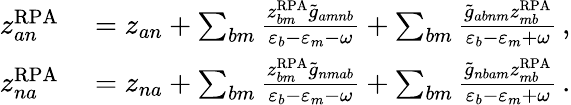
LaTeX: \begin{array}{rl}{z_{an}^{\mathrm{RPA}}}&{{}=z_{an}+\sum_{bm}\frac{z_{bm}^{\mathrm{RPA}}\tilde{g}_{amnb}}{\varepsilon_{b}-\varepsilon_{m}-\omega}+\sum_{bm}\frac{\tilde{g}_{abnm}z_{mb}^{\mathrm{RPA}}}{\varepsilon_{b}-\varepsilon_{m}+\omega}\, ,}\\ {z_{na}^{\mathrm{RPA}}}&{{}=z_{na}+\sum_{bm}\frac{z_{bm}^{\mathrm{RPA}}\tilde{g}_{nmab}}{\varepsilon_{b}-\varepsilon_{m}-\omega}+\sum_{bm}\frac{\tilde{g}_{nbam}z_{mb}^{\mathrm{RPA}}}{\varepsilon_{b}-\varepsilon_{m}+\omega}\, .}\end{array}